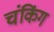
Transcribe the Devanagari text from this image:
चंकिंग